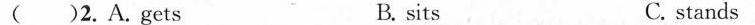
( )2. A. gets B. sits C. stands